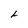
Character: L